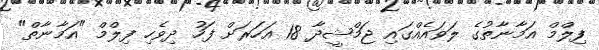
ފިލްމް އަމާނާތުގެ ލަވައެއްގައި ޖަމްޝީދާ 18 އަހަރަށް ފަހު ދިވެހި ފިލްމް "އަމާނާތް"